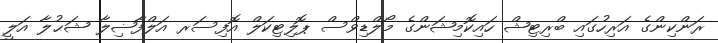
ރަންކިންގެ އަރިހުގައި ބްރިޓިޝް ހައިކޮމިޝަންގެ މޯލްޑިވްސް ޕޮލިޓިކަލް އޮފިސަރ އަލްފާޟިލާ ޝަޙުލާ އަލީ